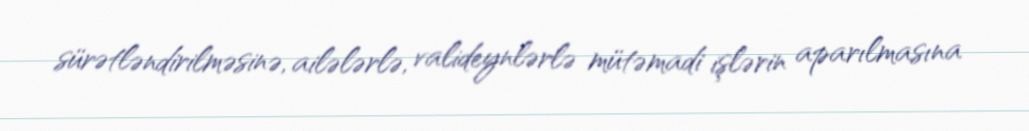
sürətləndirilməsinə, ailələrlə, valideynlərlə mütəmadi işlərin aparılmasına